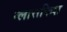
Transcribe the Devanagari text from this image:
ग्लासफिश